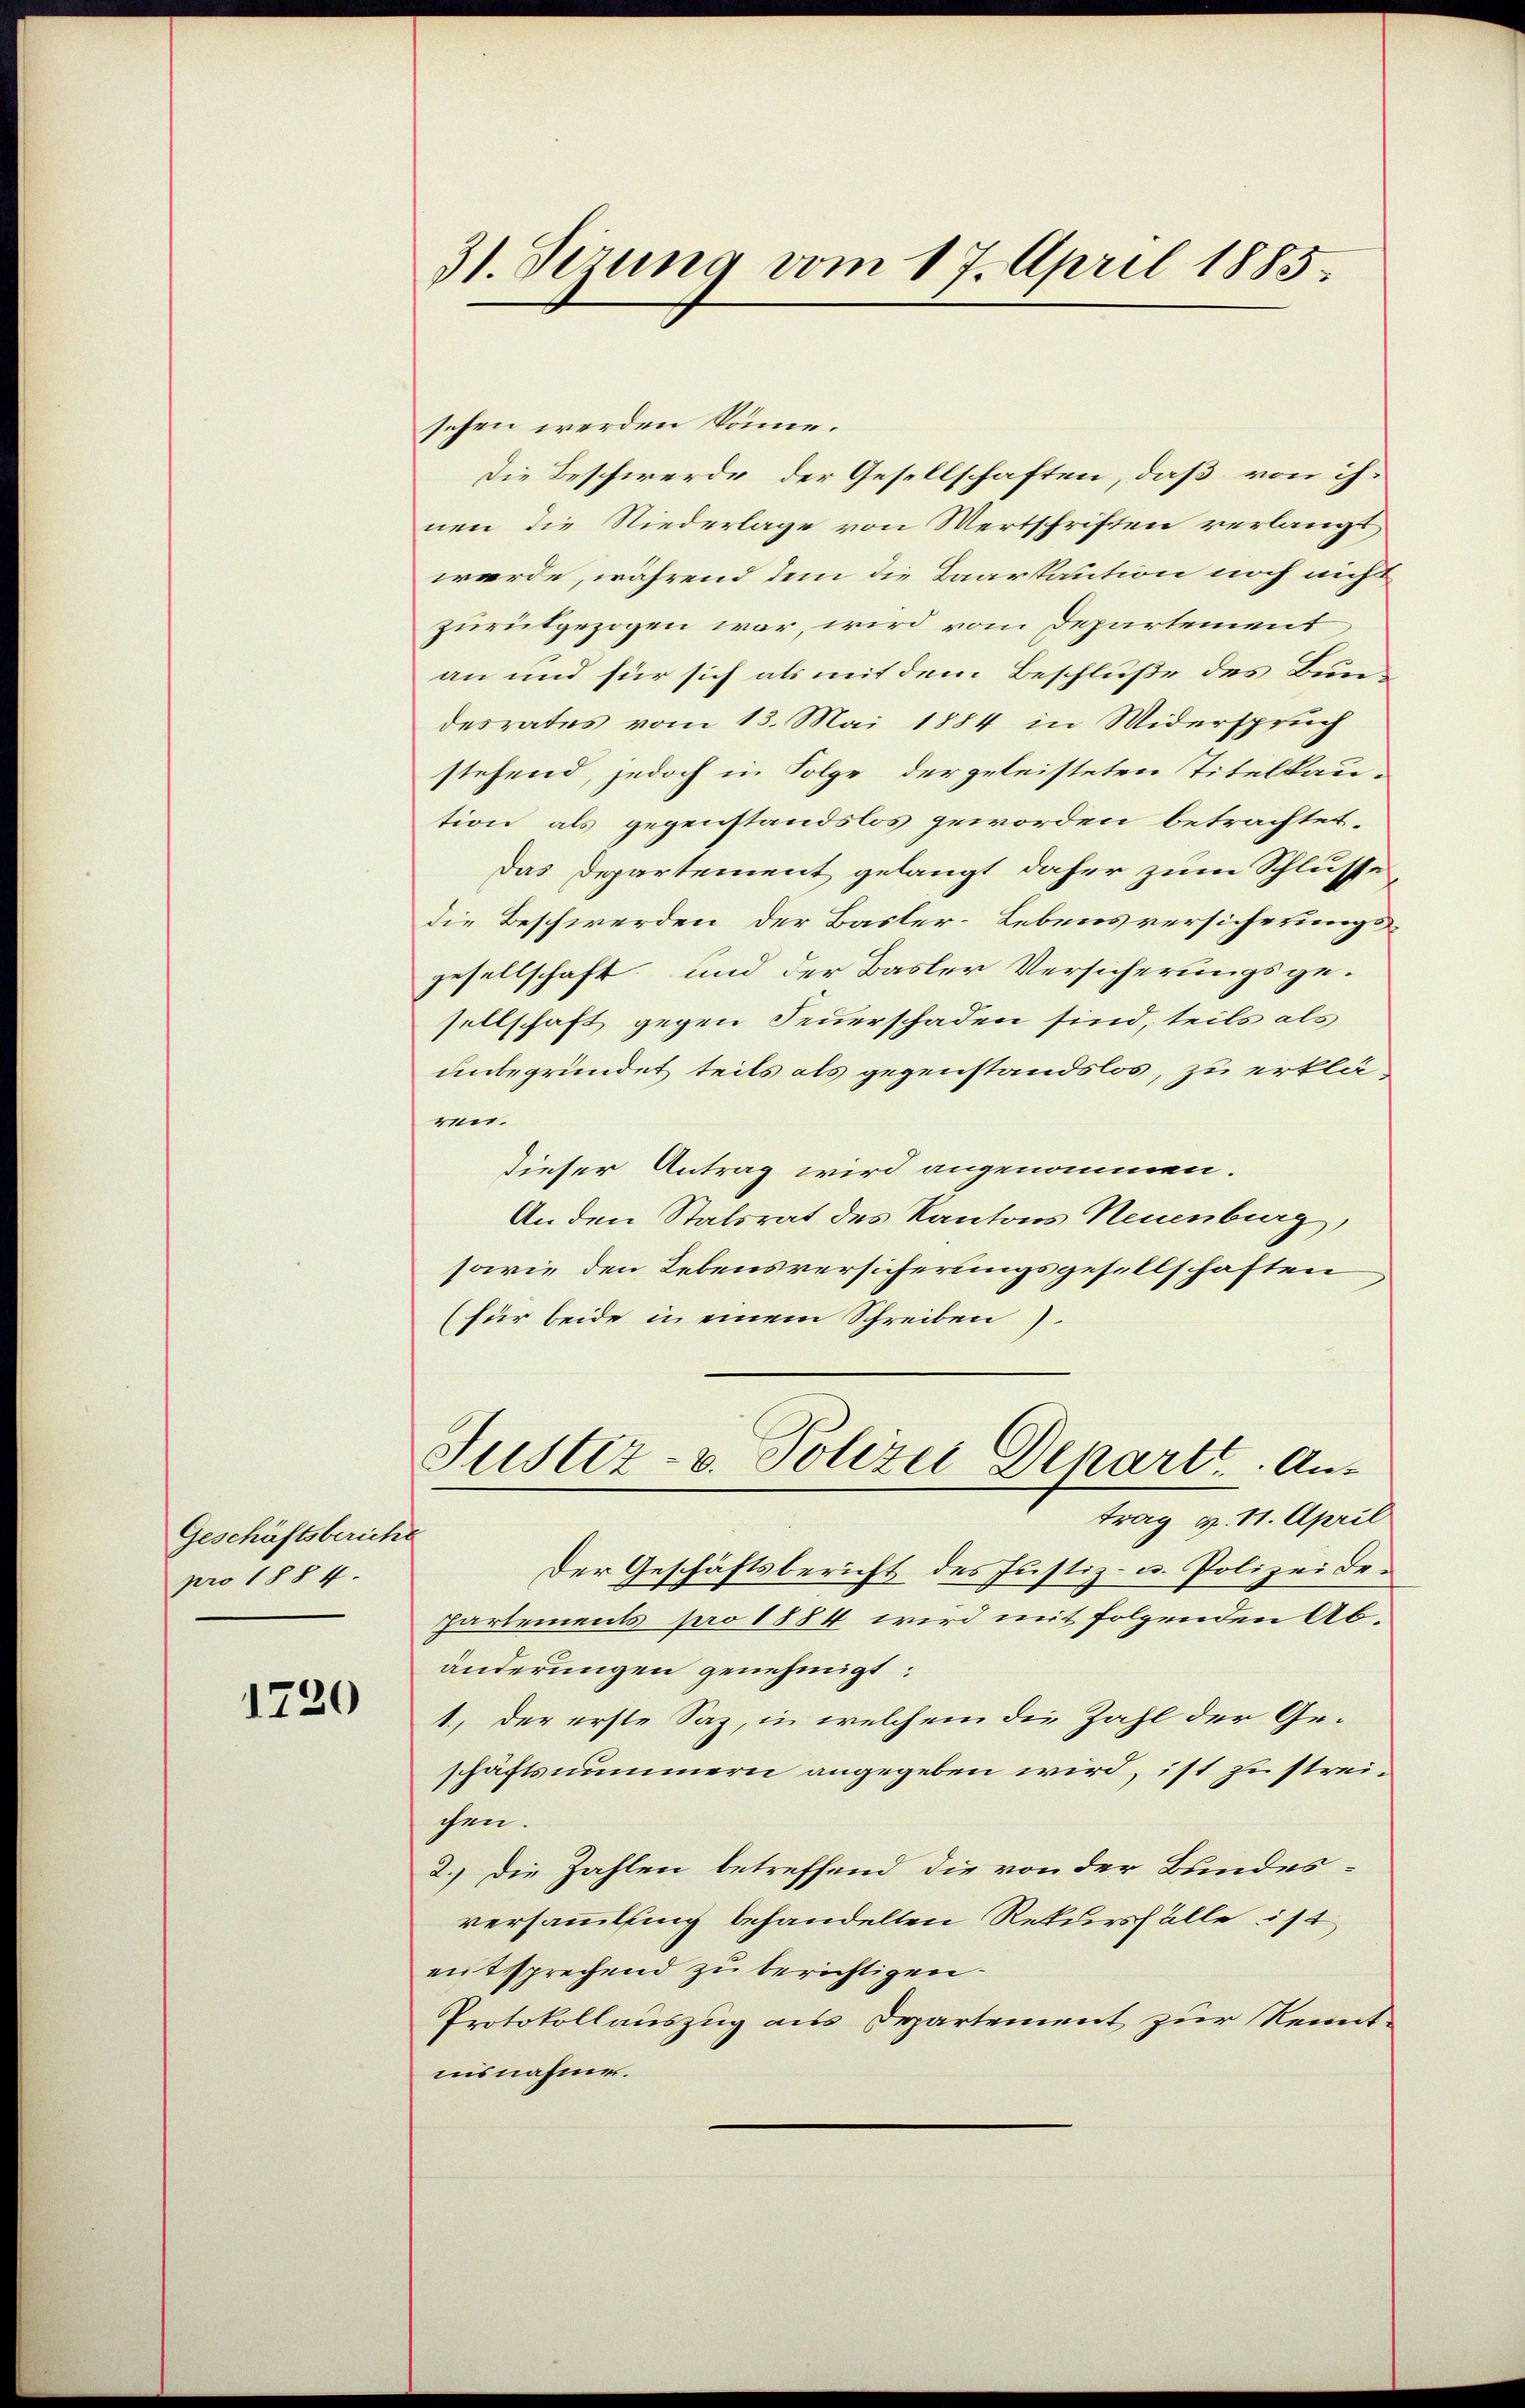
Geschäftsbericht
pro 1884.

1720

31. Sezung vom 17. April 1885.

sehen werden könne.
Die Beschwerde der Gesellschaften, daß von ihnen die Niederlage von Wertschriften verlangt
werde, während dem die Baarkaution noch nicht
zurükgezogen war, wird vom Departement
an und für sich als mit dem Beschluße des Bundesrates vom 13. Mai 1884 in Widerspruch
stehend, jedoch in Folge der geleisteten Titelkau-
tion als gegenstandslos geworden betrachtet.
Das Departement gelangt daher zum Schlusse
die Beschwerden, der Basler-Lebensversicherungsgesellschaft und der Basler Versicherungsgesellschaft gegen Feuerschaden sind, teils als
unbegründet teils als gegenstandslos, zu erkläwerdieser Antrag wird angenommen.
An den Statsrat des Kantons Neuenburg,
sowie den Lebensversicherungsgesellschaften
(für beide in einem Schreiben).
Justiz- u. Polizei Departe Antrag v. 11. April
Der Geschäftsbericht des Justiz- u. Polizeide¬
Partements pro 1884 wird mit folgenden Abänderungen genehmigt:
1., der erste Saz, in welchem die Zahl der Geschäftsnummern angegeben wird, ist zu streichen.
2.) Die Zahlen betreffend die von der Bundesversammlung behandelten Rekursfälle ist
entsprechend zu berichtigen.
Protokollauszug aus Departement zur Kenntnisnahmen.